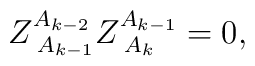
Z_{\;A_{k-1}}^{A_{k-2}}Z_{\;A_k}^{A_{k-1}}=0,